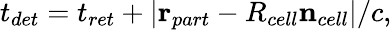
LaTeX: t_{det}=t_{ret}+|\mathbf{r}_{part}-R_{cell}\mathbf{n}_{cell}|/c,